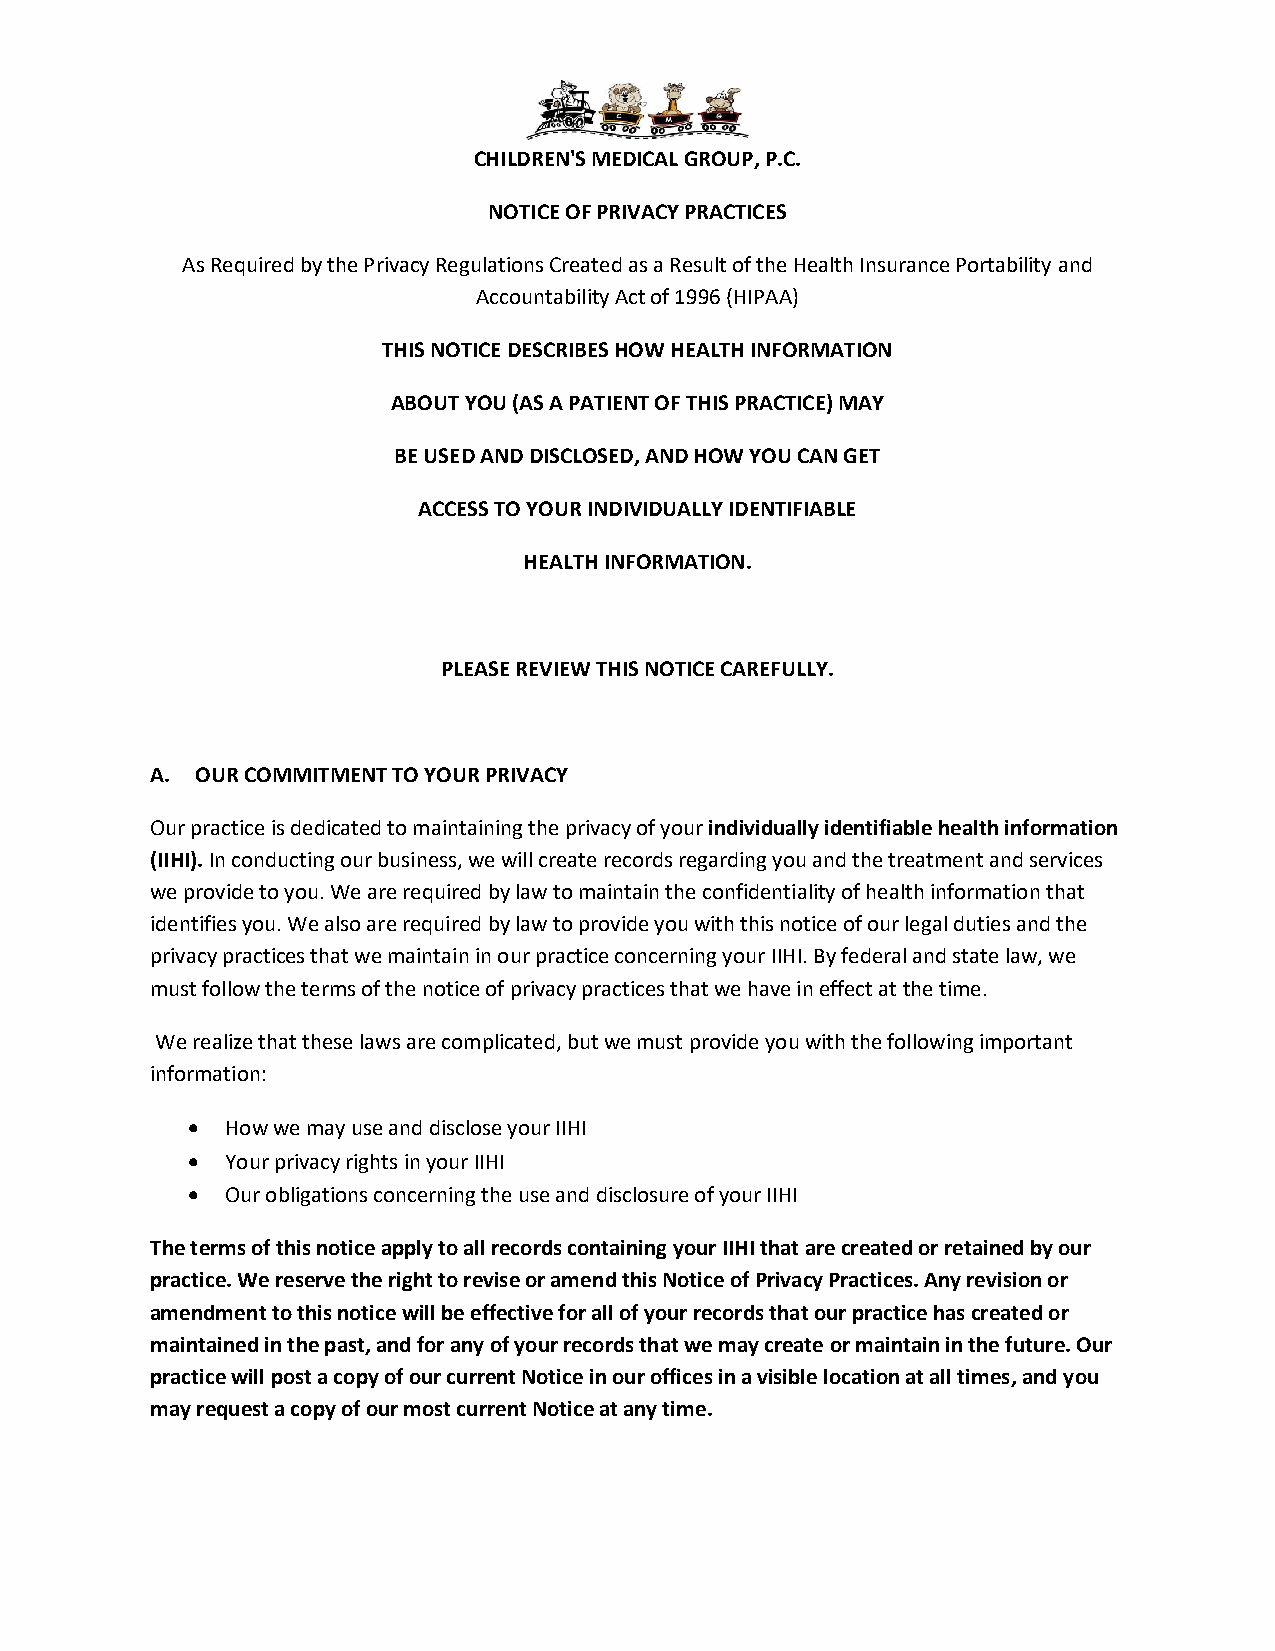
CHILDREN'S MEDICAL GROUP, P.C.
 NOTICE OF PRIVACY PRACTICES
 As Required by the Privacy Regulations Created as a Result of the Health Insurance Portability and
 Accountability Act of 1996 (HIPAA)
 THIS NOTICE DESCRIBES HOW HEALTH INFORMATION
 ABOUT YOU (AS A PATIENT OF THIS PRACTICE) MAY
 BE USED AND DISCLOSED, AND HOW YOU CAN GET
 ACCESS TO YOUR INDIVIDUALLY IDENTIFIABLE
 HEALTH INFORMATION.
 PLEASE REVIEW THIS NOTICE CAREFULLY.
 A. OUR COMMITMENT TO YOUR PRIVACY
 Our practice is dedicated to maintaining the privacy of your individually identifiable health information
 (IIHI). In conducting our business, we will create records regarding you and the treatment and services
 we provide to you. We are required by law to maintain the confidentiality of health information that
 identifies you. We also are required by law to provide you with this notice of our legal duties and the
 privacy practices that we maintain in our practice concerning your IIHI. By federal and state law, we
 must follow the terms of the notice of privacy practices that we have in effect at the time.
 We realize that these laws are complicated, but we must provide you with the following important
 information:
 •  How we may use and disclose your IIHI
 •  Your privacy rights in your IIHI
 •  Our obligations concerning the use and disclosure of your IIHI
 The terms of this notice apply to all records containing your IIHI that are created or retained by our
 practice. We reserve the right to revise or amend this Notice of Privacy Practices. Any revision or
 amendment to this notice will be effective for all of your records that our practice has created or
 maintained in the past, and for any of your records that we may create or maintain in the future. Our
 practice will post a copy of our current Notice in our offices in a visible location at all times, and you
 may request a copy of our most current Notice at any time.